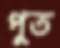
পুত